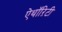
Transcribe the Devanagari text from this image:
ऐथॉऱिटी